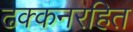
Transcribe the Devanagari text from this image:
ढक्कनरहित